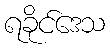
ရခိုင်ဒေသ